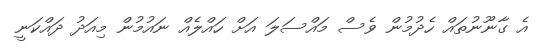
އެ ގާނޫނުތައް ހެދުމުން ވެސް މައްސަލަ އަށް ހައްލެއް ނައުމުން މިއަދު ދައްކަނީ